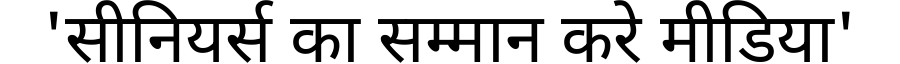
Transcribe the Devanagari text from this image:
'सीनियर्स का सम्मान करे मीडिया'